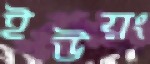
ইউয়ং